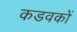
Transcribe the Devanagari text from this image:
कडवकों